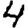
Digit: 4